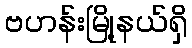
ဗဟန်းမြို့နယ်ရှိ